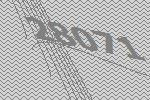
28071